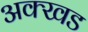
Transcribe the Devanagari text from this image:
अक्खड